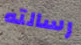
رسالته